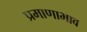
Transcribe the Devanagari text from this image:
प्रमाणाभाव